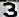
3